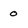
Character: 0